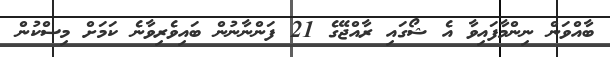
ބާއްވަން ނިންމާފައިވާ އެ ޝޯގައި ރާއްޖޭގެ 21 ފަންނާނުން ބައިވެރިވާނެ ކަމަށް މިސްކުން